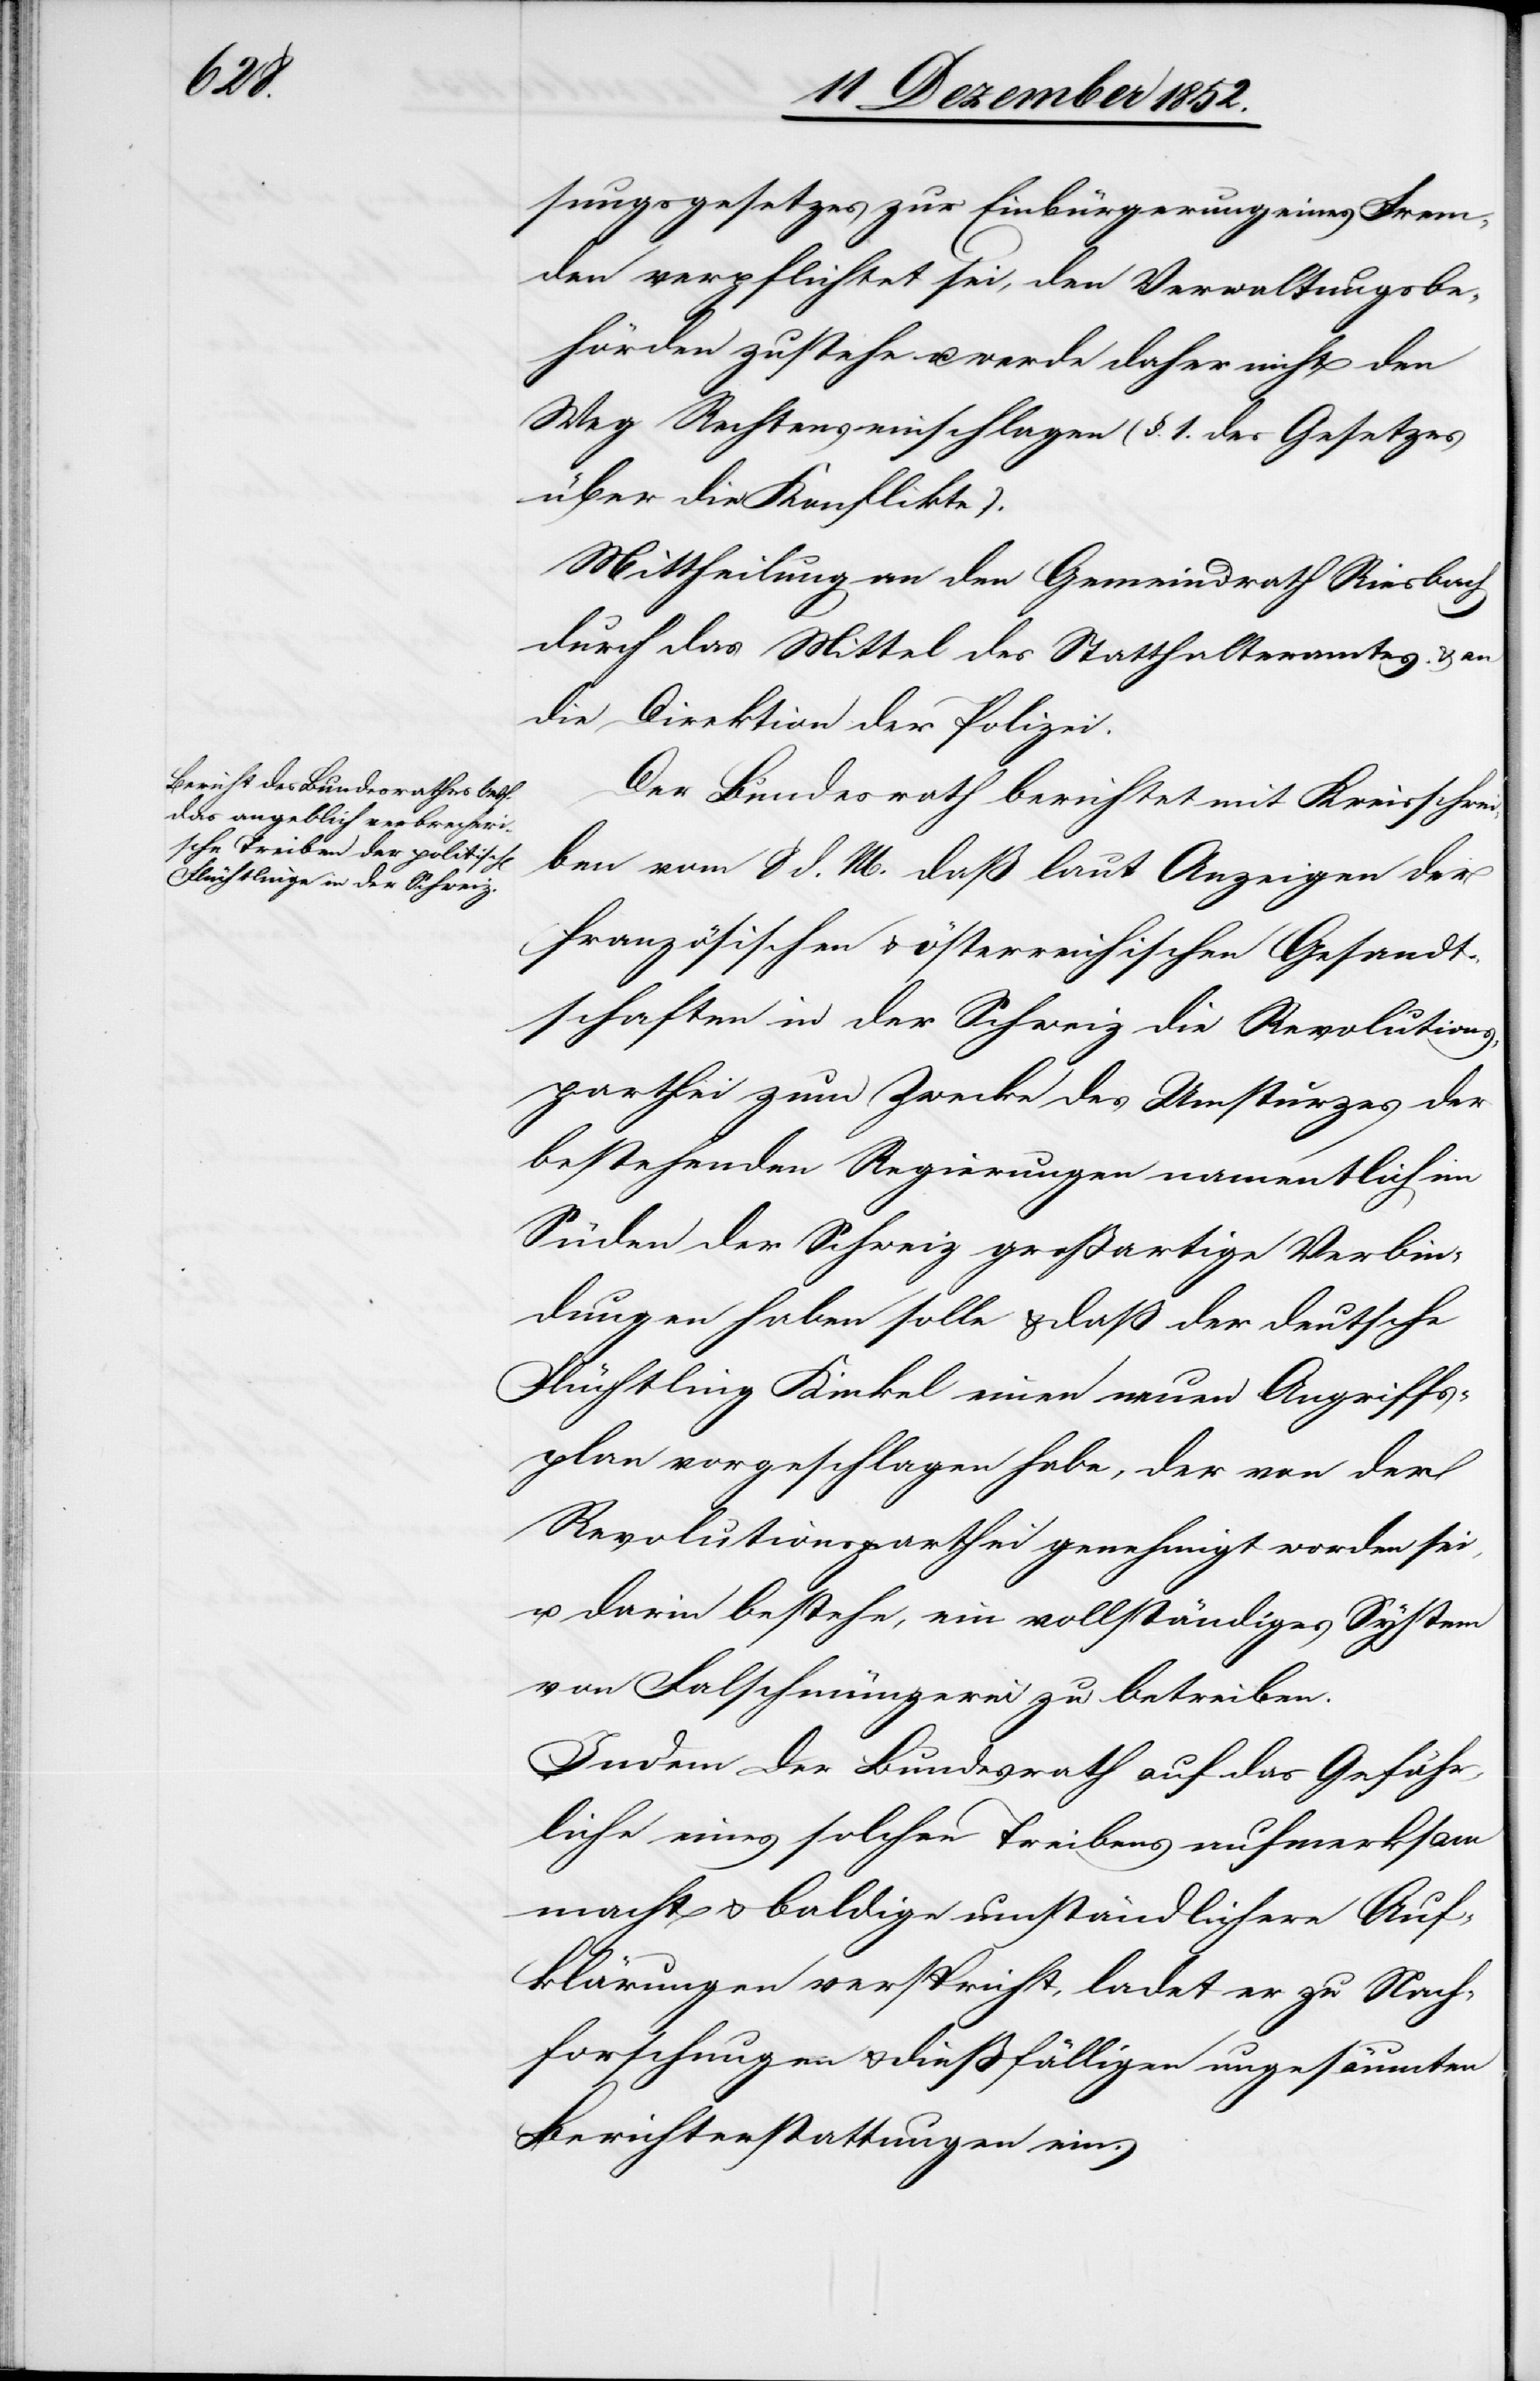
sungsgesetzes zur Einbürgerung eines Frem¬
den verpflichtet sei, den Verwaltungsbe¬
hörden zustehe u. werde daher nicht den
Weg Rechtens einschlagen (§. 1. des Gesetzes
über die Konflikte).
Mittheilung an den Gemeindrath Riesbach
durch das Mittel des Statthalteramtes & an
die Direktion der Polizei.
Der Bundesrath berichtet mit Kreisschrei¬
ben vom 8 d. M. daß laut Anzeigen der
französischen & österreichischen Gesandt¬
schaften in der Schweiz die Revolutions¬
parthei zum Zwecke des Umsturzes der
bestehenden Regierungen namentlich im
Süden der Schweiz großartige Verbin¬
dungen haben solle & daß der deutsche
Flüchtling Kinkel einen neuen Angriffs¬
plan vorgeschlagen habe, der von der
Revolutionsparthei genehmigt worden sei,
u. darin bestehe, ein vollständiges System
von Falschmünzerei zu betreiben.
Indem der Bundesrath auf das Gefähr¬
liche eines solchen Treibens aufmerksam
macht & baldige umständlichere Auf¬
klärungen verspricht, ladet er zu Nach¬
forschungen & dießfälligen ungesäumten
Berichterstattungen ein.